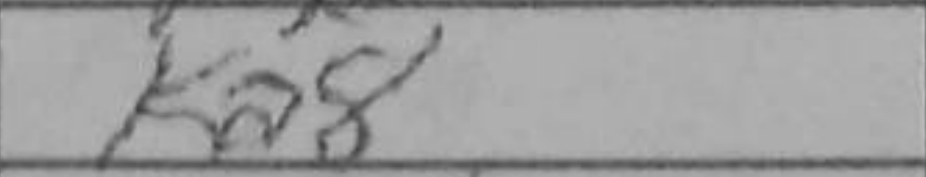
Transcription: Ka8